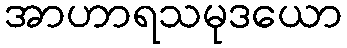
အာဟာရသမုဒယော